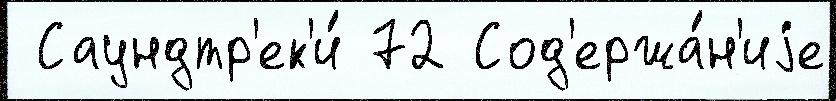
 Саундтр'ек'и́ 72 Сод'ержа́н'иjе